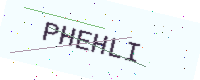
Text: PHEHLI